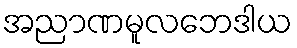
အညာဏမူလဘေဒါယ